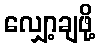
လျှော့ချဖို့